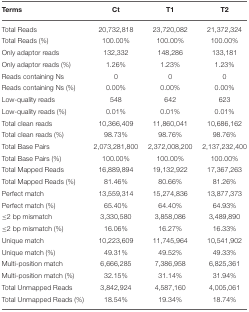
<table><thead><tr><td><b>Terms</b></td><td><b>Ct</b></td><td><b>T1</b></td><td><b>T2</b></td></tr></thead><tbody><tr><td>Total Reads</td><td>20,732,818</td><td>23,720,082</td><td>21,372,324</td></tr><tr><td>Total Reads (%)</td><td>100.00%</td><td>100.00%</td><td>100.00%</td></tr><tr><td>Only adaptor reads</td><td>132,332</td><td>148,286</td><td>133,181</td></tr><tr><td>Only adaptor reads (%)</td><td>1.26%</td><td>1.23%</td><td>1.23%</td></tr><tr><td>Reads containing Ns</td><td>0</td><td>0</td><td>0</td></tr><tr><td>Reads containing Ns (%)</td><td>0.00%</td><td>0.00%</td><td>0.00%</td></tr><tr><td>Low-quality reads</td><td>548</td><td>642</td><td>623</td></tr><tr><td>Low-quality reads (%)</td><td>0.01%</td><td>0.01%</td><td>0.01%</td></tr><tr><td>Total clean reads</td><td>10,366,409</td><td>11,860,041</td><td>10,686,162</td></tr><tr><td>Total clean reads (%)</td><td>98.73%</td><td>98.76%</td><td>98.76%</td></tr><tr><td>Total Base Pairs</td><td>2,073,281,800</td><td>2,372,008,200</td><td>2,137,232,400</td></tr><tr><td>Total Base Pairs (%)</td><td>100.00%</td><td>100.00%</td><td>100.00%</td></tr><tr><td>Total Mapped Reads</td><td>16,889,894</td><td>19,132,922</td><td>17,367,263</td></tr><tr><td>Total Mapped Reads (%)</td><td>81.46%</td><td>80.66%</td><td>81.26%</td></tr><tr><td>Perfect match</td><td>13,559,314</td><td>15,274,836</td><td>13,877,373</td></tr><tr><td>Perfect match (%)</td><td>65.40%</td><td>64.40%</td><td>64.93%</td></tr><tr><td>≤ 2 bp mismatch</td><td>3,330,580</td><td>3,858,086</td><td>3,489,890</td></tr><tr><td>≤ 2 bp mismatch (%)</td><td>16.06%</td><td>16.27%</td><td>16.33%</td></tr><tr><td>Unique match</td><td>10,223,609</td><td>11,745,964</td><td>10,541,902</td></tr><tr><td>Unique match (%)</td><td>49.31%</td><td>49.52%</td><td>49.33%</td></tr><tr><td>Multi-position match</td><td>6,666,285</td><td>7,386,958</td><td>6,825,361</td></tr><tr><td>Multi-position match (%)</td><td>32.15%</td><td>31.14%</td><td>31.94%</td></tr><tr><td>Total Unmapped Reads</td><td>3,842,924</td><td>4,587,160</td><td>4,005,061</td></tr><tr><td>Total Unmapped Reads (%)</td><td>18.54%</td><td>19.34%</td><td>18.74%</td></tr></tbody></table>